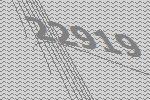
22919